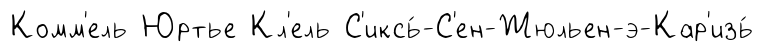
Комм'ель Юртье Кл'ель С'иксь́-С'ен-Жюльен-э-Кар'изь́